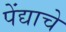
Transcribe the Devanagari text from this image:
पेंद्याचे